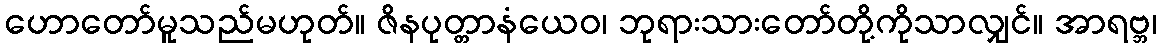
ဟောတော်မူသည်မဟုတ်။ ဇိနပုတ္တာနံယေဝ၊ ဘုရားသားတော်တို့ကိုသာလျှင်။ အာရဗ္ဘ၊